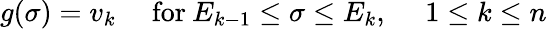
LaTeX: g(\sigma)=v_{k}\quad\; \mathrm{for}\: E_{k-1}\leq\sigma\leq E_{k},\quad\; 1\leq k\leq n